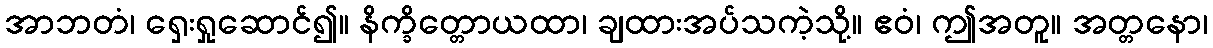
အာဘတံ၊ ရှေးရှုဆောင်၍။ နိက္ခိတ္တောယထာ၊ ချထားအပ်သကဲ့သို့။ ဧဝံ၊ ဤအတူ။ အတ္တနော၊